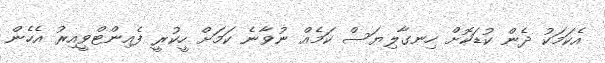
އެކަމަކު ދެން ކުޑަކޮށް ހިނގާލިޔަސް ކަމެއް ނުވާނެ ކަމަށް ހީކުރީ ފެއިންޓްވީއިރު އެހެން